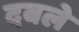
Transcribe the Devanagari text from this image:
दबले